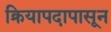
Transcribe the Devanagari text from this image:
क्रियापदापासून